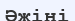
Әжіні